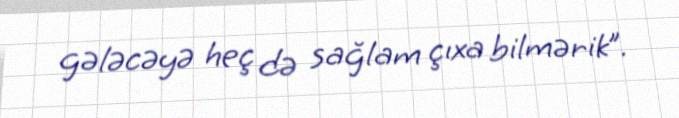
gələcəyə heç də sağlam çıxa bilmərik”.